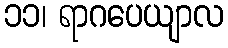
၁၁၊ ရာဂပေယျာလ